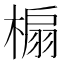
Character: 㮼